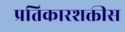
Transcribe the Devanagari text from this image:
प्रतिकारशक्तीस